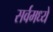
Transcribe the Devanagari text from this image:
सर्वमध्ये